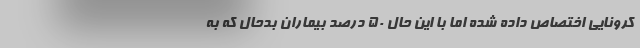
کرونایی اختصاص داده شده اما با این حال 50 درصد بیماران بدحال که به